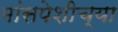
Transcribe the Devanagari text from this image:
मांसपेशीच्या